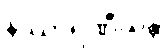
နိဿာရဏီယန္တိ